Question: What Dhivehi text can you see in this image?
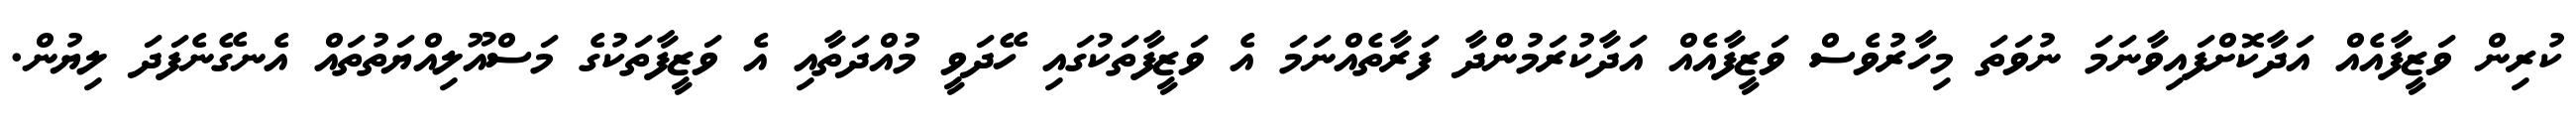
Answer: ކުރިން ވަޒީފާއެއް އަދާކޮށްފައިވާނަމަ ނުވަތަ މިހާރުވެސް ވަޒީފާއެއް އަދާކުރަމުންދާ ފަރާތެއްނަމަ އެ ވަޒީފާތަކުގައި ހޭދަވީ މުއްދަތާއި އެ ވަޒީފާތަކުގެ މަސްއޫލިއްޔަތުތައް އެނގޭނެފަދަ ލިޔުން.